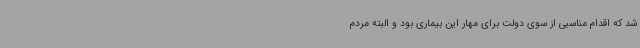
شد که اقدام مناسبی از سوی دولت برای مهار این بیماری بود و البته مردم